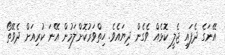
އޭނަގެ ދެފައި ޖެލީ ކޮޅެއް ވެގެން ދިޔައެވެ. ހިތްވަރުކޮށްލަމުން އޭނަ ކުރިއަށް ދެވޭތޯ